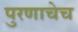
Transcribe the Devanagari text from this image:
पुरणाचेच